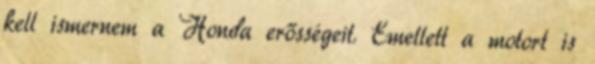
kell ismernem a Honda erősségeit. Emellett a motort is